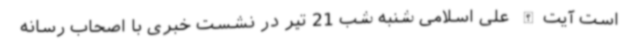
است آیت‌الله علی اسلامی شنبه شب 21 تیر در نشست خبری با اصحاب رسانه